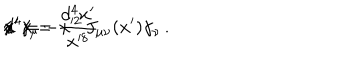
d ^ { 4 } x = \frac { d ^ { 4 } x ^ { \prime } } { x ^ { 8 } } \hspace { 1 c m } / \hspace { - 2 m m } x ^ { \prime } \gamma _ { \mu } / \hspace { - 2 m m } x ^ { \prime } = - x ^ { 2 } \, J _ { \mu \nu } ( x ^ { \prime } ) \gamma _ { \nu } \, .